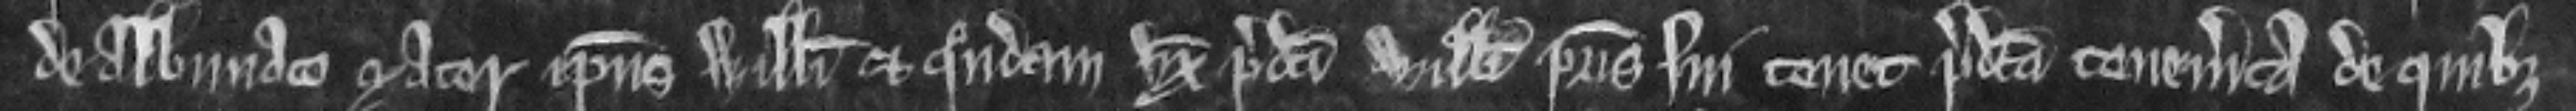
de Albiniaco mater ipsius Willelmi et quondam uxor predicti Willemi patris sui tenet predicta tenementa de quibus